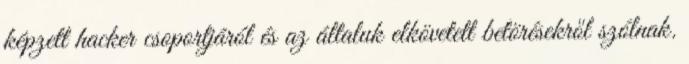
képzett hacker csoportjáról és az általuk elkövetett betörésekről szólnak.